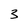
Character: 3